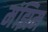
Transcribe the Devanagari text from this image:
मंझिम